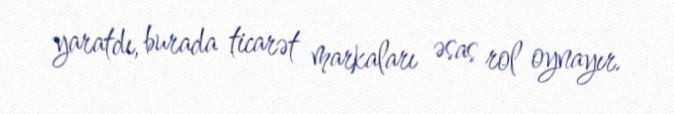
yaratdı, burada ticarət markaları əsas rol oynayır.